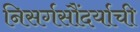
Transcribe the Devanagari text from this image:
निसर्गसौंदर्याची